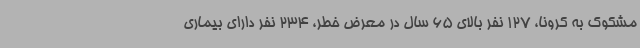
مشکوک به کرونا، 127 نفر بالای 65 سال در معرض خطر، 234 نفر دارای بیماری